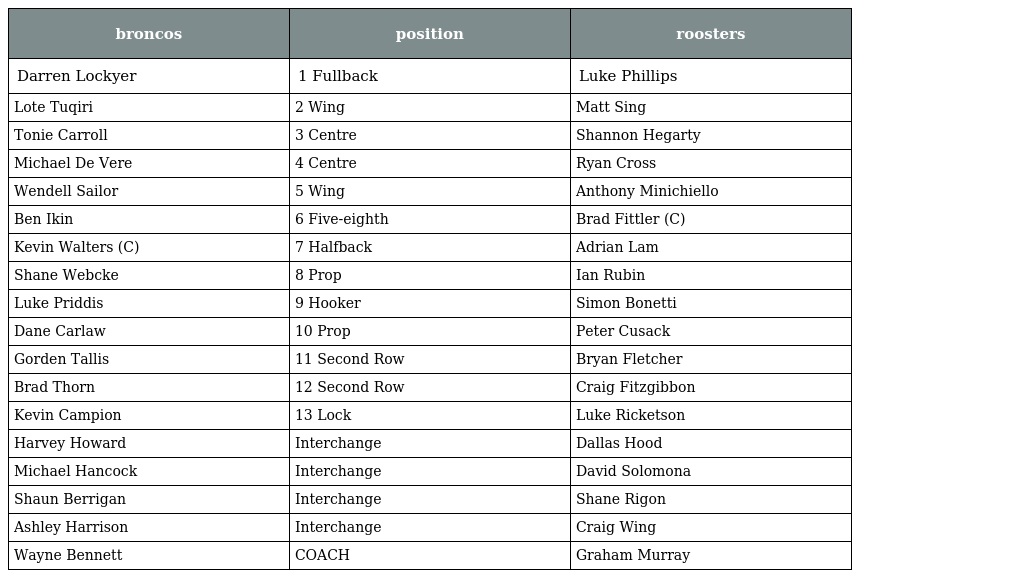
| broncos | position | roosters |
 | --- | --- | --- |
 | Darren Lockyer | 1 Fullback | Luke Phillips |
 | Lote Tuqiri | 2 Wing | Matt Sing |
 | Tonie Carroll | 3 Centre | Shannon Hegarty |
 | Michael De Vere | 4 Centre | Ryan Cross |
 | Wendell Sailor | 5 Wing | Anthony Minichiello |
 | Ben Ikin | 6 Five-eighth | Brad Fittler (C) |
 | Kevin Walters (C) | 7 Halfback | Adrian Lam |
 | Shane Webcke | 8 Prop | Ian Rubin |
 | Luke Priddis | 9 Hooker | Simon Bonetti |
 | Dane Carlaw | 10 Prop | Peter Cusack |
 | Gorden Tallis | 11 Second Row | Bryan Fletcher |
 | Brad Thorn | 12 Second Row | Craig Fitzgibbon |
 | Kevin Campion | 13 Lock | Luke Ricketson |
 | Harvey Howard | Interchange | Dallas Hood |
 | Michael Hancock | Interchange | David Solomona |
 | Shaun Berrigan | Interchange | Shane Rigon |
 | Ashley Harrison | Interchange | Craig Wing |
 | Wayne Bennett | COACH | Graham Murray |